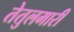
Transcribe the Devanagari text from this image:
तेतुलमारी